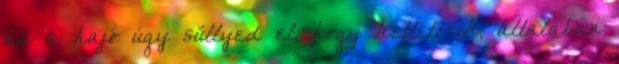
ha a hajó úgy süllyed el, hogy kettétörik, általában